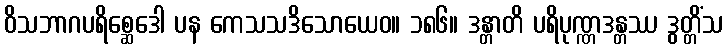
ဝိသဘာဂပရိစ္ဆေဒေါ ပန ကေသသဒိသောယေဝ။ ၁၈၆။ ဒန္တာတိ ပရိပုဏ္ဏဒန္တဿ ဒွတ္တိံသ